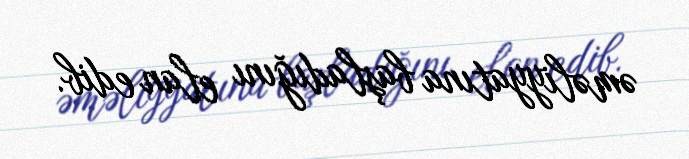
əməliyyatına başladığını elan edib.